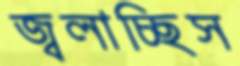
জ্বলাচ্ছিস